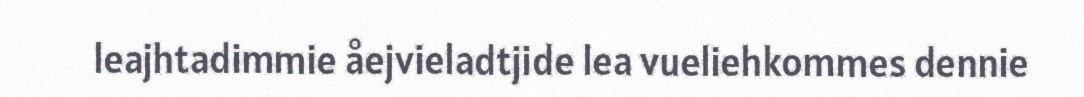
leajhtadimmie åejvieladtjide lea vueliehkommes dennie